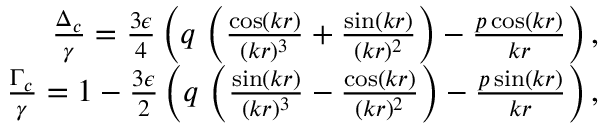
\begin{array} { r } { \frac { \Delta _ { c } } { \gamma } = \frac { 3 \epsilon } { 4 } \left( q \, \left( \frac { \cos ( k r ) } { ( k r ) ^ { 3 } } + \frac { \sin ( k r ) } { ( k r ) ^ { 2 } } \right) - \frac { p \cos ( k r ) } { k r } \right) , } \\ { \frac { \Gamma _ { c } } { \gamma } = 1 - \frac { 3 \epsilon } { 2 } \left( q \, \left( \frac { \sin ( k r ) } { ( k r ) ^ { 3 } } - \frac { \cos ( k r ) } { ( k r ) ^ { 2 } } \right) - \frac { p \sin ( k r ) } { k r } \right) , } \end{array}